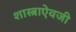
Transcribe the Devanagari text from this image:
शास्त्राऐवजी